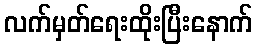
လက်မှတ်ရေးထိုးပြီးနောက်